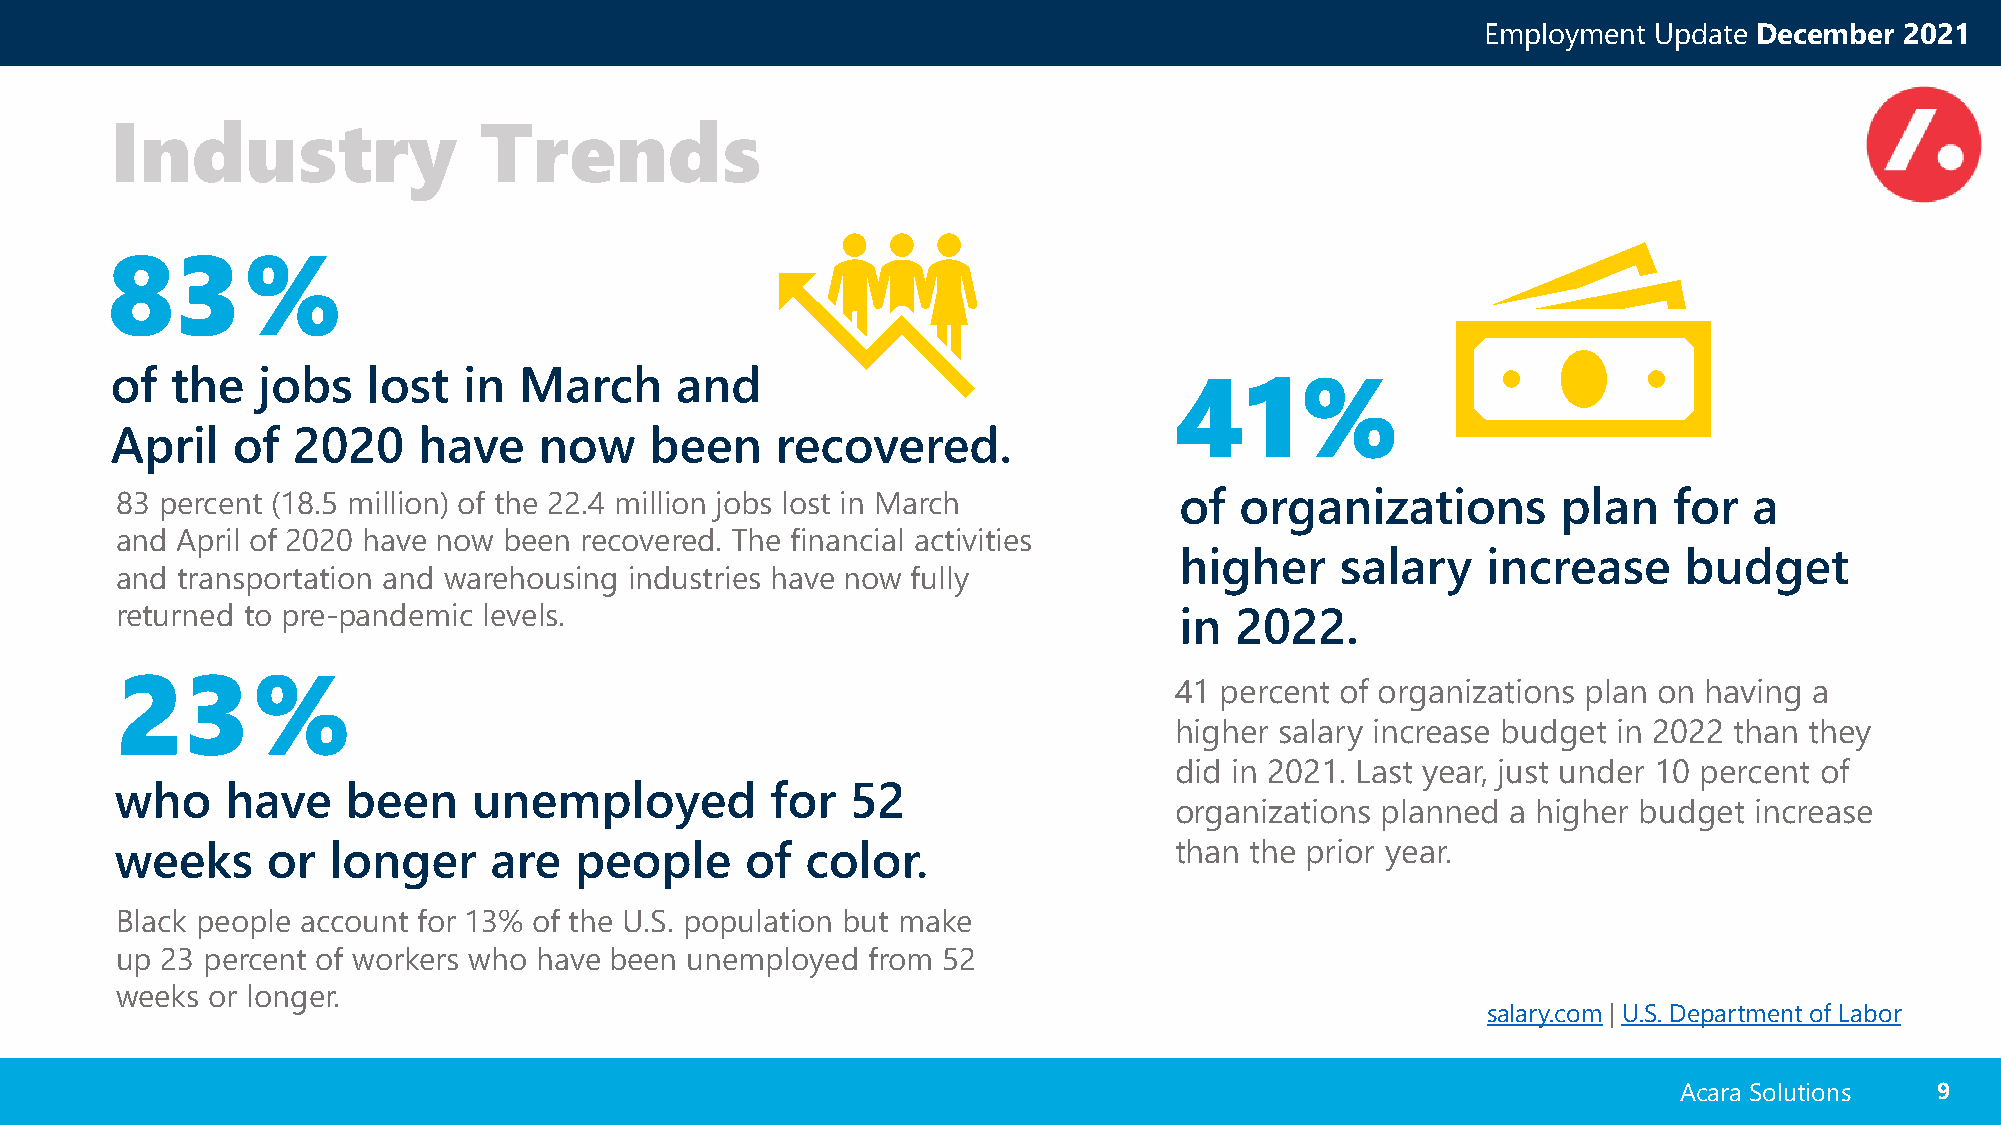
Employment Update December  2021
 Industry                 Trends
 83%
 of  the   jobs   lost   in March      and                              41%
 April   of  2020     have    now    been    recovered.
 83 percent (18.5 million) of the 22.4 million jobs lost in March      of  organizations        plan    for  a
 and April of 2020 have now been recovered. The financial activities
 higher     salary   increase     budget
 and transportation and warehousing industries have now fully
 returned to pre-pandemic levels.                                      in  2022.
 23%
 41 percent of organizations plan on having a
 higher salary increase budget in 2022 than they
 did in 2021. Last year, just under 10 percent of
 who    have    been    unemployed          for  52
 organizations planned a higher budget increase
 weeks     or  longer    are   people     of  color.                   than the prior year.
 Black people account for 13% of the U.S. population but make
 up 23 percent of workers who have been unemployed from 52
 weeks or longer.
 salary.com | U.S. Department of Labor
 Acara Solutions  99